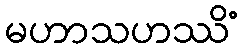
မဟာသဟဿိံ